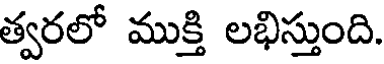
త్వరలో ముక్తి లభిస్తుంది.